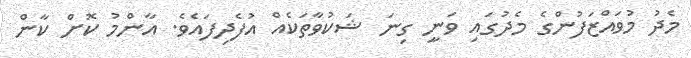
މެދު މުވައްޒަފުންގެ މެދުގައި ވަނީ ގިނަ ޝަކުވާތަކެއް އުފެދިފައެވެ. އާންމު ކޮށް ކާން